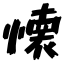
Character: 懐